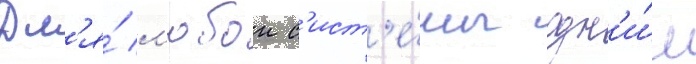
Дл'я́ л'юбои с'ист'е́мы одн'и́м